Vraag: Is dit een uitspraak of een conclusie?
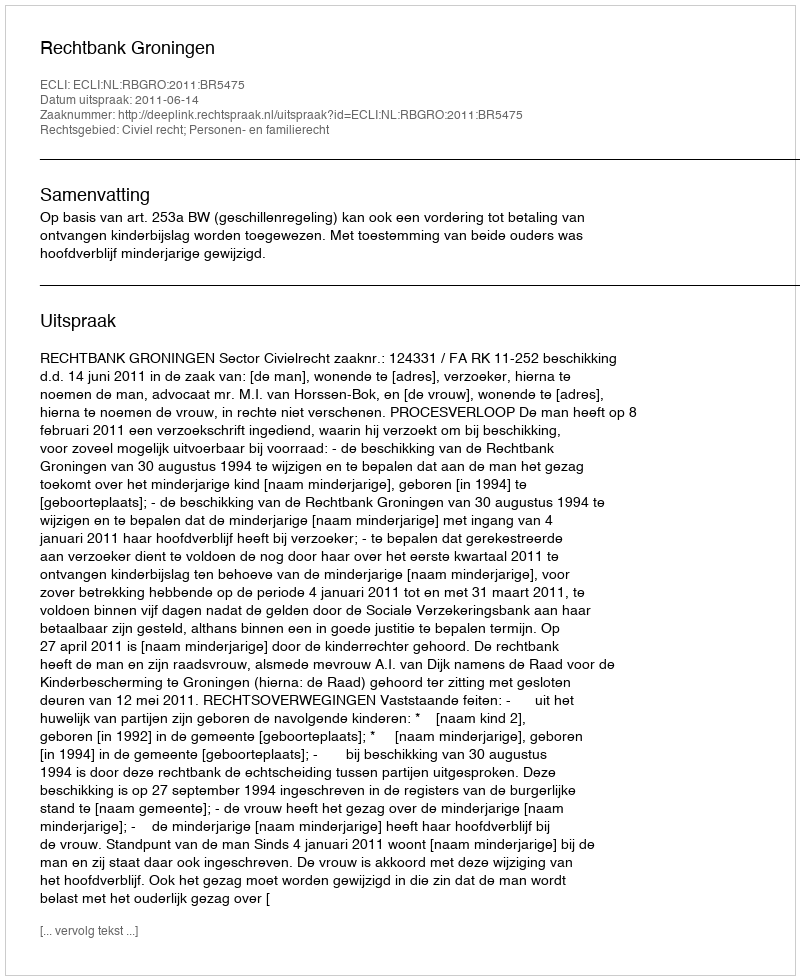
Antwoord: Uitspraak